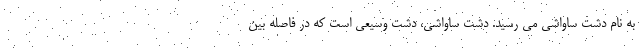
به نام دشت ساواشی می رسید. دشت ساواشی، دشت وسیعی است که در فاصله بین